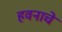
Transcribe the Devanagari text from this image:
हवनाचे